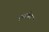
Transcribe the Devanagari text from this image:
पुर्वागम